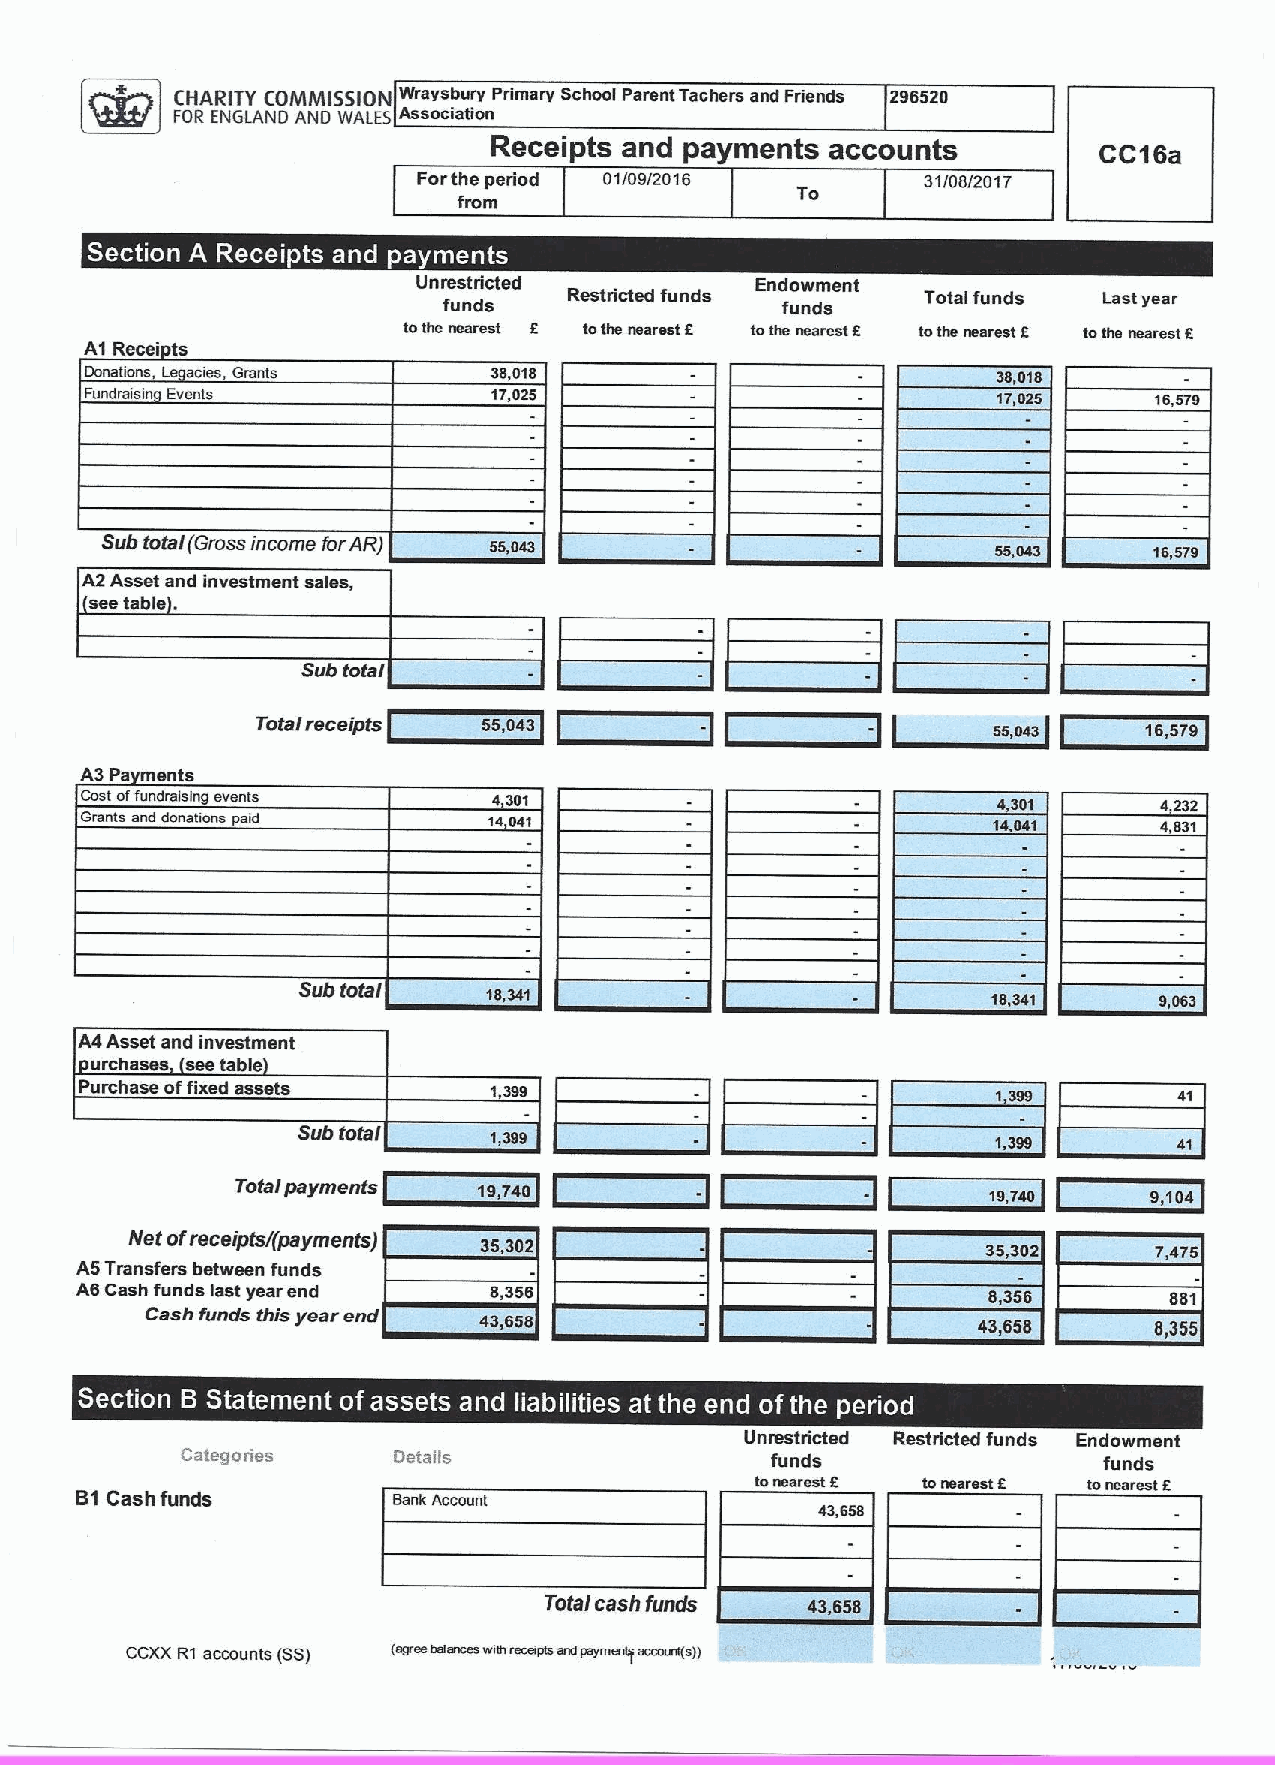
QHARtTT EpM/Vtt55tpN Wrav ~sb 'aur sv "Primarv School Parent Tachers and Friends 296520
 FOR ENGLAND AND WALES As
 Receipts and payments accounts
 CCCSB
 Forthe period 01/09/2016         31/08/2017
 To
 from
 I
 ~        ~    ~ ~
 Unrestricted          Endowment
 funds    Restricted funds funds Total funds Last year
 tothe nearest E tothe nearest E tnthe nearest 5 tothe nearest 2 tothe nearest E
 A1 Recei ts
 Donations, L acies, Grants 38,018                           36,018
 Fundraicin Events          17,025                           17,025    16,579
 Sub total(Grossincome forAR) 55,043                                  16,579
 A2 Asset and investment sales,
 .
 see table
 Sub total
 Total receipts 5S,043        -           -       55,043    16,579
 A3 Pa ants
 Cost offundtaicing events   4,301                                       4,232
 Grants nnd donations paid  14941                                        4831
 Sub total   18,341                            18,341     0,063
 A4Asset and investment
 urchases see table
 Purchase offixed assets
 41
 Sub total
 Total payments  19,740                           fe,740     9,104
 Net ofreceiptsi(payments)
 35.302                           35,302     7,475
 A5Transfers between funds
 A6 Cash funds last year end 8,356                           8,356       881
 Cash funds this year end
 43,058                           43,655     5,355
 '
 ~ W                    ~ ~ 0    ~      ~ ~    ~  ~ ~
 Unrestricted Restricted funds Endowment
 Categories    Details                  funds                 funds
 tonearest E tonearest E tonearest E
 B1Cashfunds          Bank Account
 Total cash funds
 ccxx R1 accounts (ss) (srcccdwlcccwIlkIcedpsclef
 penn wet
 cccclcc(c))